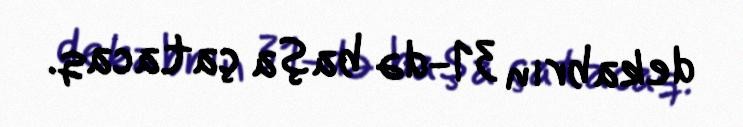
dekabrın 31-də başa çatacaq.